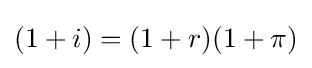
(1+i)=(1+r)(1+\pi )